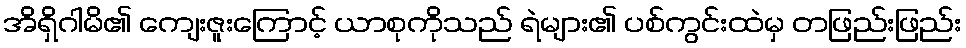
အိရှိဂါမိ၏ ကျေးဇူးကြောင့် ယာစုကိုသည် ရဲများ၏ ပစ်ကွင်းထဲမှ တဖြည်းဖြည်း